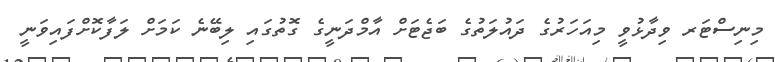
މިނިސްޓަރ ވިދާޅުވީ މިއަހަރުގެ ދައުލަތުގެ ބަޖެޓަށް އާމްދަނީގެ ގޮތުގައި ލިބޭނެ ކަމަށް ލަފާކޮށްފައިވަނީ